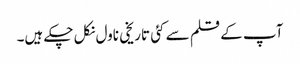
آپ کے قلم سے کئی تاریخی ناول نکل چکے ہیں۔